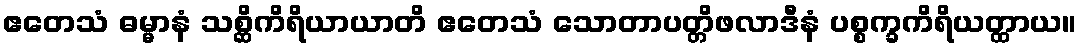
ဧတေသံ ဓမ္မာနံ သစ္ဆိကိရိယာယာတိ ဧတေသံ သောတာပတ္တိဖလာဒီနံ ပစ္စက္ခကိရိယတ္ထာယ။